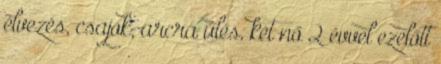
élvezés, csajok, arcra űlés, két nő 2 évvel ezelőtt